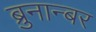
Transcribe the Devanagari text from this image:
ब्रुनान्बर